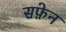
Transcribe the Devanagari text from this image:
सफ़ेन